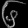
Digit: ၆